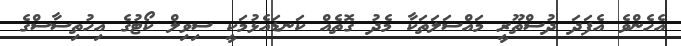
އެހެންވެ އެފަދަ ދުސްތޫރީ މައްސަލަތަކާ މެދު ގޮތެއް ކަނޑައެޅުމަކީ ސިވިލް ކޯޓުގެ އިހުތިސާސްގެ